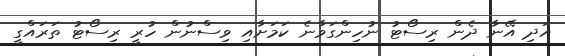
އަދި އޭނާ ދެން ރިސޯޓު ނުހިންގަވާނެ ކަމަށާއި ވިސްނުން ހުރީ ރިސޯޓު ތަރައްގީ